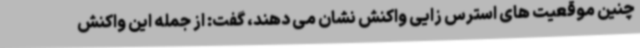
چنین موقعیت های استرس زایی واکنش نشان می دهند، گفت: از جمله این واکنش